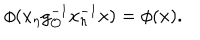
\phi ( x _ { \eta } g _ { \mathcal { O } } ^ { - 1 } x _ { \eta } ^ { - 1 } x ) = \phi ( x ) .